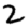
Digit: 2